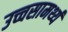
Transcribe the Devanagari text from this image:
उच्चसामर्थ्य